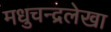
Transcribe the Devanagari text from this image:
मधुचन्द्रलेखा